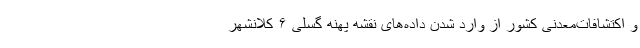
و اکتشافات‌معدنی کشور از وارد شدن داده‌های نقشه پهنه گسلی ۶ کلانشهر